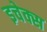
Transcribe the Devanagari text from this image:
इचेक्स